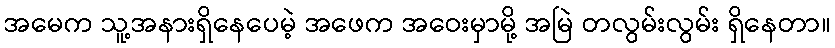
အမေက သူ့အနားရှိနေပေမဲ့ အဖေက အဝေးမှာမို့ အမြဲ တလွမ်းလွမ်း ရှိနေတာ။